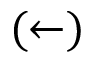
( \leftarrow )